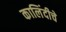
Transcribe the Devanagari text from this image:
कालिंदीचे